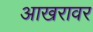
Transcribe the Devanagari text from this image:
आखरावर